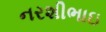
નરશીભાઇ